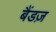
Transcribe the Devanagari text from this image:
बैंडज़